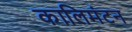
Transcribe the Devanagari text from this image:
कालिमंटन